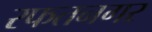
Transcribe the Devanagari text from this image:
रफतनगर